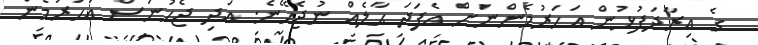
ގެ އިރާދަފުޅުން އަހަރުމެންނަށް އެފަދަ ޙާލެއް ނުޖެހޭނެ. އަދި ޖެހުނަސް އަހަރުމެން